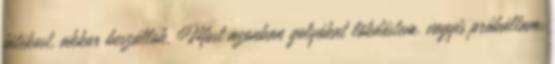
játékost, akkor beszállok. Most azonban golyókat lökdöstem. vagyis próbáltam.